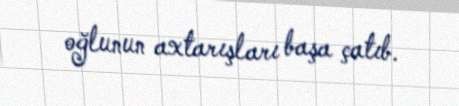
oğlunun axtarışları başa çatıb.